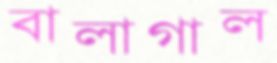
বালাগাল